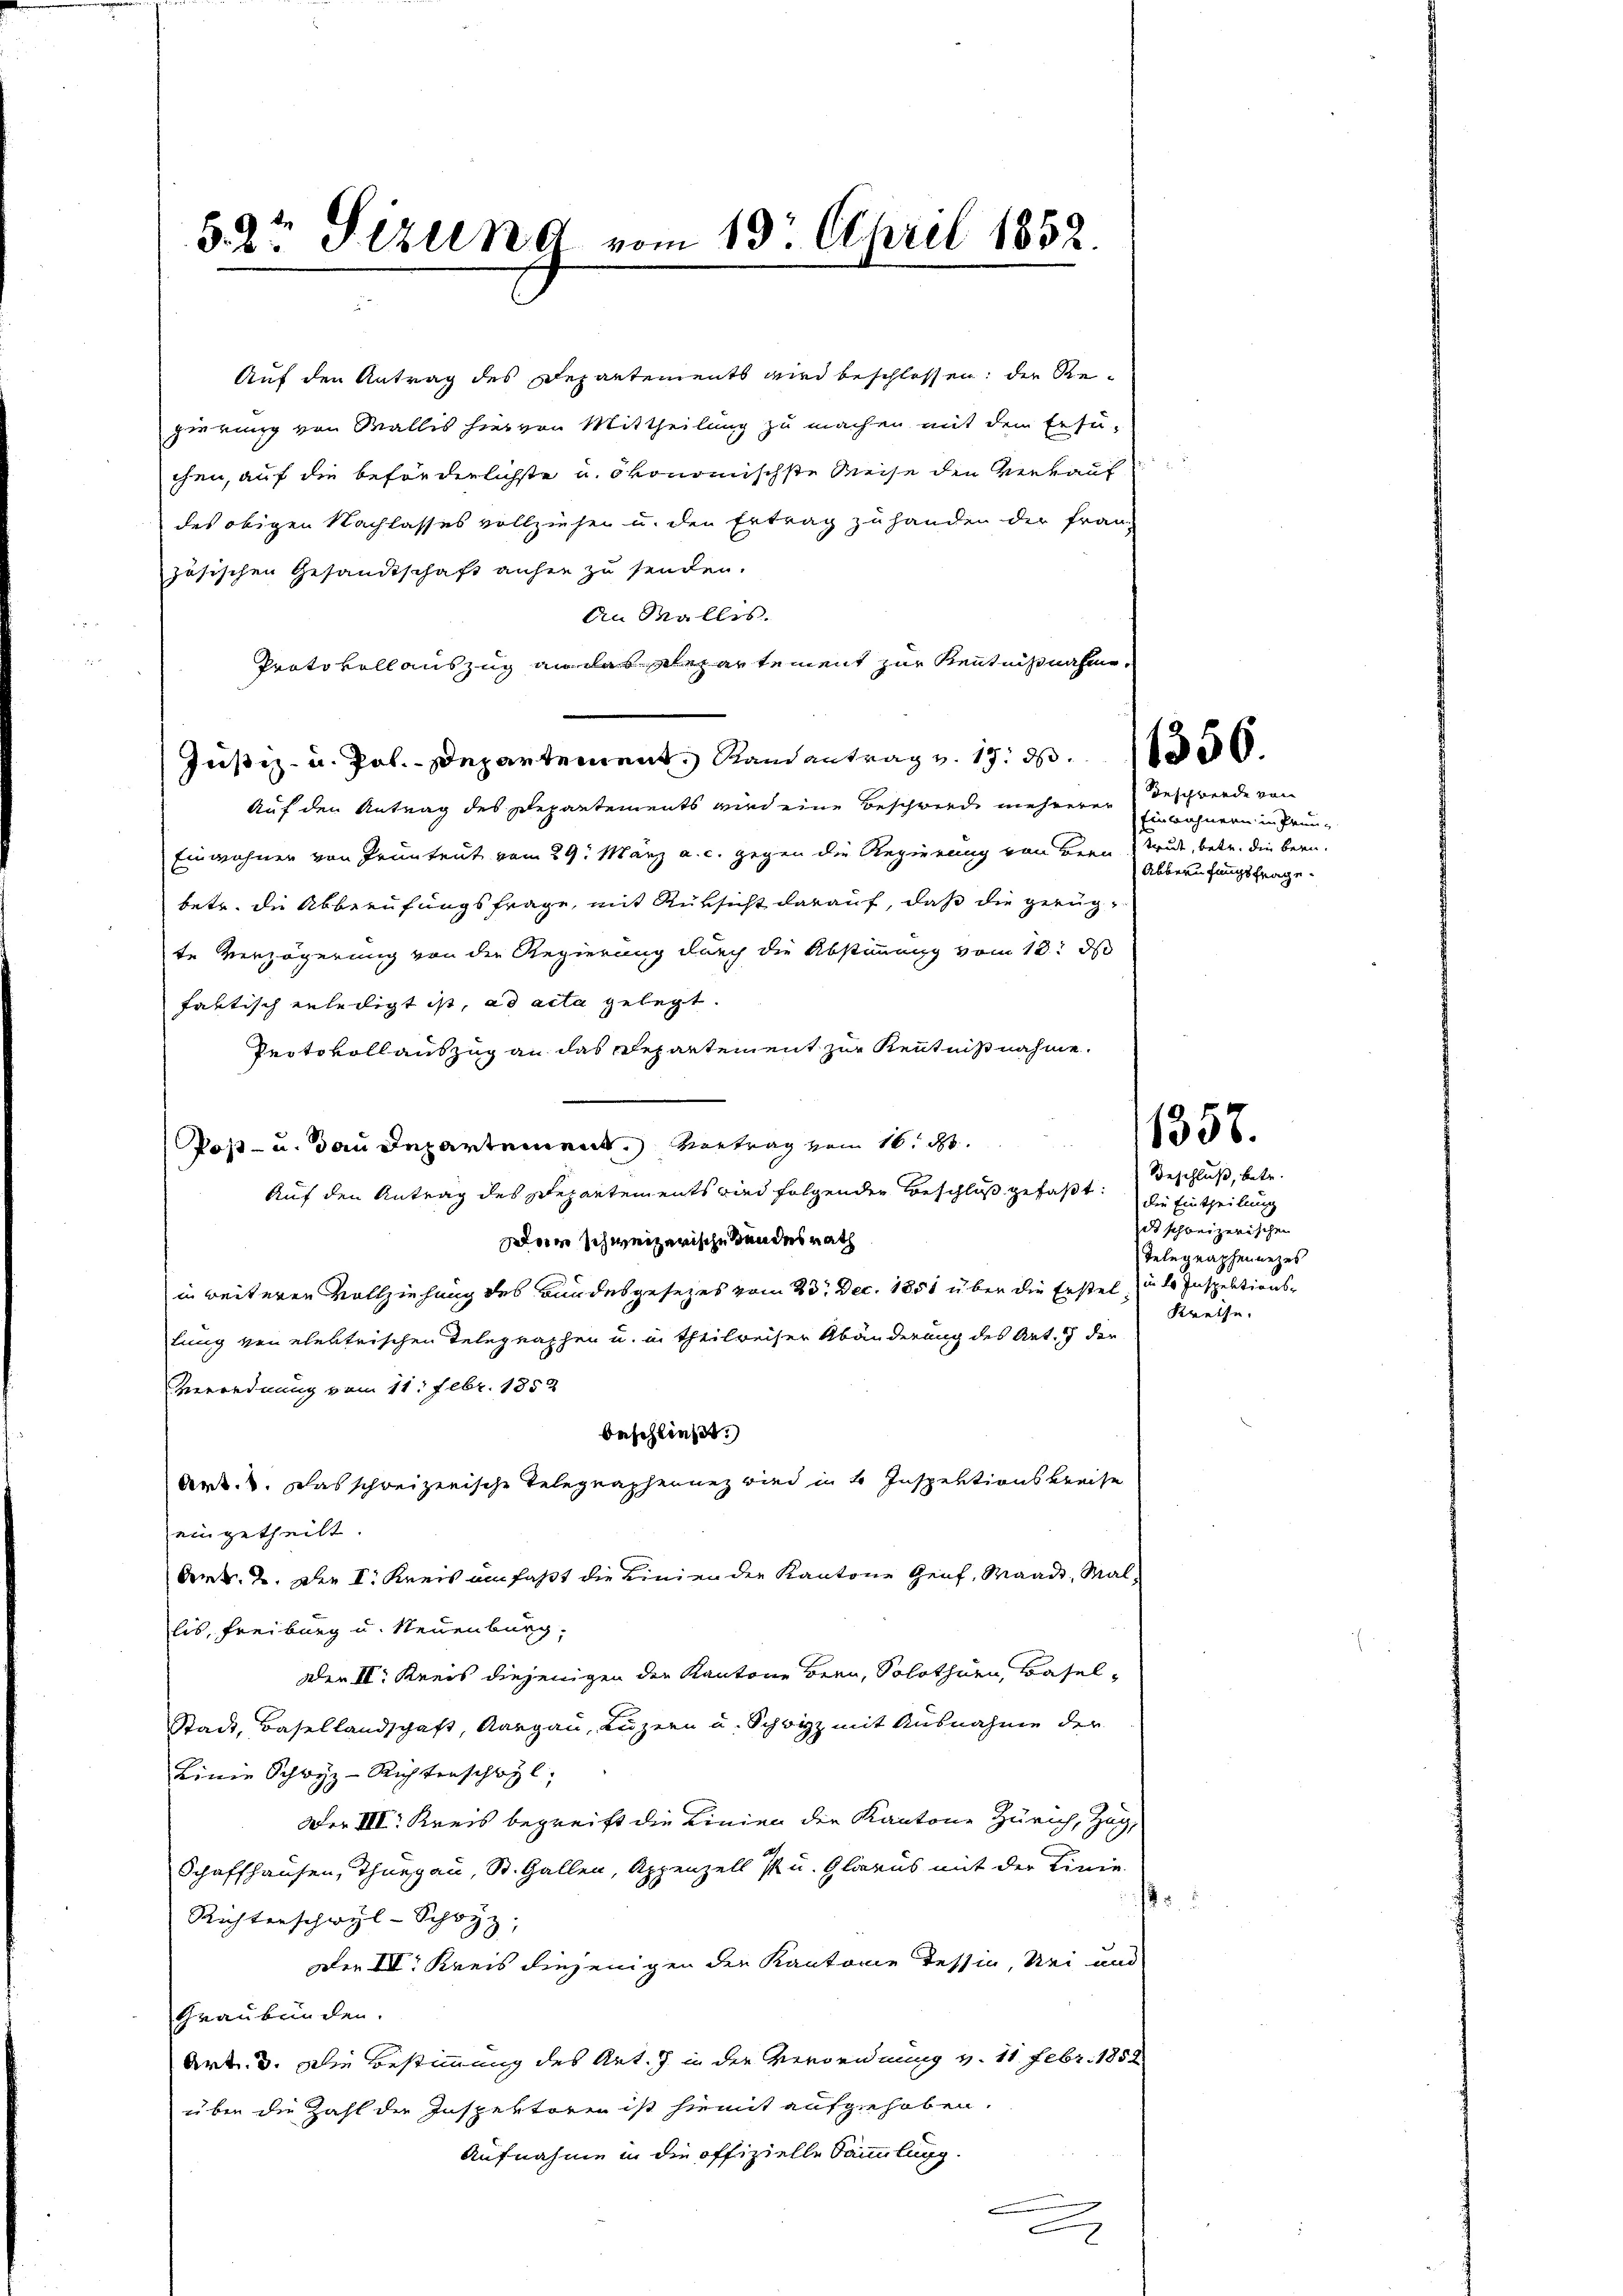
52r Sizung vom 19. April 1852.

Auf den Antrag des Departements wird beschlossen: der Rezierung von Wallis hier von Mittheilung zu machen mit dem Ersuchen, auf die beförderlichste u. ökonomischste Weise den Verkauf
des obigen Nachlasses vollziehen u. den Ertrag zu handen der Franz
zösischen Gesandtschaft anher zu senden.
An Wallis.
Protokollauszug an das Departement zur Kenntnißnahme.
Justiz- u. Pol.- Departement, Randantrag v. 17. d. 150.
Auf den Antrag des Departements wird eine Beschwerde mehrerer
Einwohner von Prüntent vom 29. März a. c. gegen die Regierung von Bern treut, betr. die Bern.
betr. die Abberufungsfrage, mit Rüksicht darauf, daß die gerügte Verzögerung von der Regierung durch die Abstimmung vom 13. ds
faktisch erledigt ist, ad acta gelegt.
Protokollauszug an das Departement zur Kenntnißnahme.
Post- u. an Departemen Vortrag vom 16.
Auf den Antrag des Departements wird folgenden Beschluß gefaßt: die Eintheilung
om schweizerische Bundesrath
in weiteren Vollziehung des Bundesgesezes vom 23. Dec. 1851 über die Erstel zu de Inspektionslung von elektrischen Telegraphen u. in Theilweiser Abänderung des Art. 7 der
Verordnung vom 11. Febr. 1852
Beschließt:
Art. 3. Das schweizerische Telegraphennez wird in 4 Inspektionskreise
eingetheilt
Der §. 2. Der I. Kreis umfaßt die Linien der Kantone Genf, Waadt, Mal-
lis, Freiburg u. Neuenburg.
der II. Kreis diejenigen der Kantone Bern, Solothurn, Basel¬
Stadt, Basellandschaft, Aargau, Luzern u. Schwyz mit Ausnahme der
Linie Schwyz-Richterschwyl,
Der III. Kreis begreift die Linien der Kantone Zürich, Zug,
Schaffhausen, Thurgau, St. Gallen, Appenzell Pu. Glarus mit der Linie
Richterschwyl-Schwyz,
Der III. Kreis diejenigen der Kantonie Tessin, sei und
Graubünden.
Art. 3. Die Bestimmung des Art. J. in der Verordnung v. 11 Febr. 1852
über die Zahl der Inspektoren ist hiemit aufgehoben.
Aufnahme in die offizielle Sammlung.

Geschwerde von
Einbahnern in Prün-
Abberufungsfrage

Beschluß, betr.
ds schweizerischen
Telegraphenanzes
Kreise.